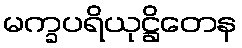
မက္ခပရိယုဋ္ဌိတေန